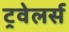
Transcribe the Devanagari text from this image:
ट्रवेलर्स